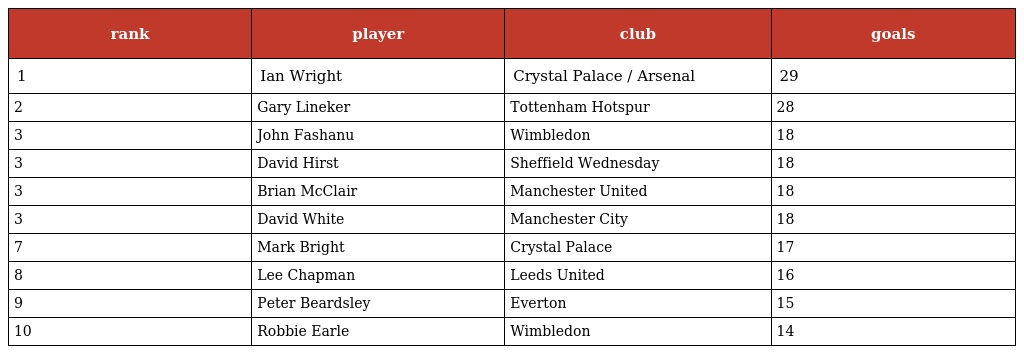
| rank | player | club | goals |
 | --- | --- | --- | --- |
 | 1 | Ian Wright | Crystal Palace / Arsenal | 29 |
 | 2 | Gary Lineker | Tottenham Hotspur | 28 |
 | 3 | John Fashanu | Wimbledon | 18 |
 | 3 | David Hirst | Sheffield Wednesday | 18 |
 | 3 | Brian McClair | Manchester United | 18 |
 | 3 | David White | Manchester City | 18 |
 | 7 | Mark Bright | Crystal Palace | 17 |
 | 8 | Lee Chapman | Leeds United | 16 |
 | 9 | Peter Beardsley | Everton | 15 |
 | 10 | Robbie Earle | Wimbledon | 14 |